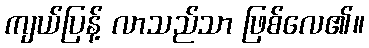
ကျယ်ပြန့် လာသည်သာ ဖြစ်လေ၏။